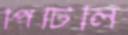
পিটিলি